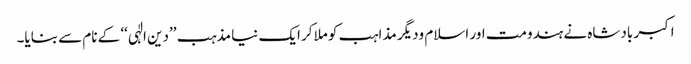
اکبر بادشاہ نے ہندومت اور اسلام ودیگر مذاہب کو ملاکر ایک نیا مذہب ’’دین الٰہی‘‘ کے نام سے بنایا۔